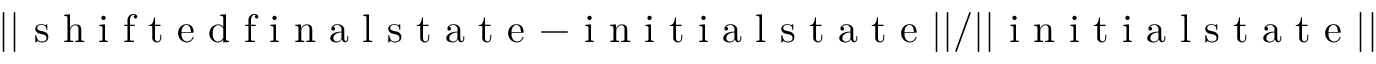
| | \mathrm { ~ s ~ h ~ i ~ f ~ t ~ e ~ d ~ f ~ i ~ n ~ a ~ l ~ s ~ t ~ a ~ t ~ e ~ } - \mathrm { ~ i ~ n ~ i ~ t ~ i ~ a ~ l ~ s ~ t ~ a ~ t ~ e ~ } | | / | | \mathrm { ~ i ~ n ~ i ~ t ~ i ~ a ~ l ~ s ~ t ~ a ~ t ~ e ~ } | |